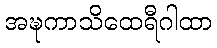
အဍ္ဎကာသိထေရီဂါထာ